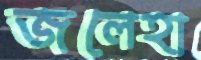
জলেহা